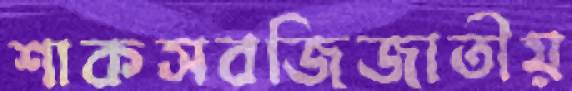
শাকসবজিজাতীয়